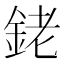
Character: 銠